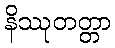
နိဿုတတ္တာ